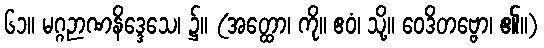
၆၁။ မဂ္ဂဉာဏနိဒ္ဒေသေ၊ ၌။ (အတ္ထော၊ ကို။ ဧဝံ၊ သို့။ ဝေဒိတဗ္ဗော၊ ၏။)